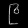
Digit: ၉